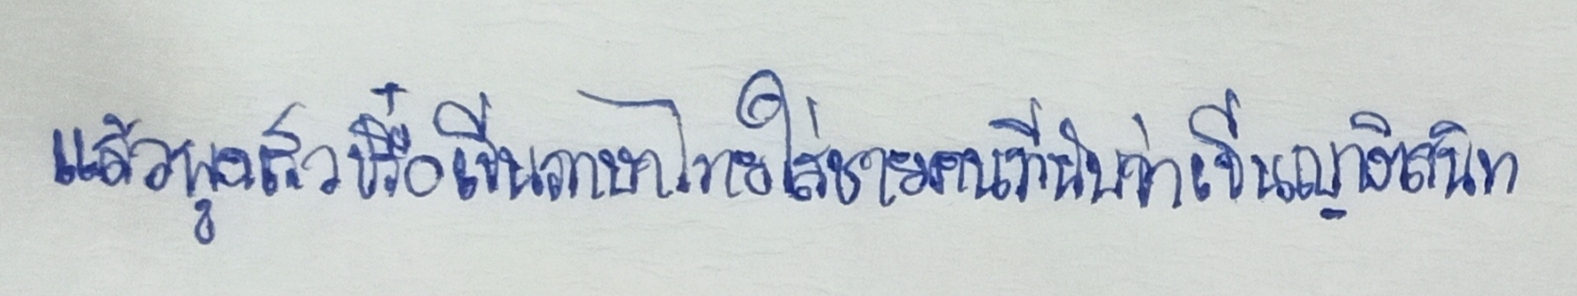
แล้วพูดเร็วปรื๋อเป็นภาษาไทยใส่ชายคนที่นับว่าเป็นญาติสนิท